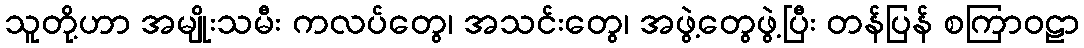
သူတို့ဟာ အမျိုးသမီး ကလပ်တွေ၊ အသင်းတွေ၊ အဖွဲ့တွေဖွဲ့ပြီး တန်ပြန် စကြာဝဠာ